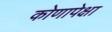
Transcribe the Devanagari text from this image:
कोणापेक्षा